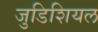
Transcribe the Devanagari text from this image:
जुडिशियल